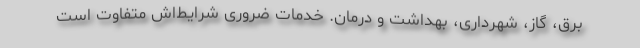
برق، گاز، شهرداری، بهداشت و درمان. خدمات ضروری شرایط‌اش متفاوت است